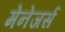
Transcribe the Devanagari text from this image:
मेनेजर्स